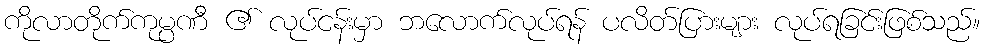
ကိုလာတိုက်ကုမ္ပဏီ ၏ လုပ်ငန်းမှာ ဘလောက်လုပ်ရန် ပလိတ်ပြားများ လုပ်ရခြင်းဖြစ်သည်။